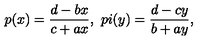
p ( x ) = \frac { d - b x } { c + a x } , \ p i ( y ) = \frac { d - c y } { b + a y } ,